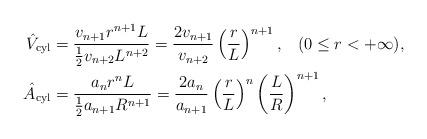
LaTeX: \begin{align*}\hat{V}_{\rm cyl}&=\frac{ v_{n+1} r^{n+1} L }{ \frac12 v_{n+2}L^{n+2} }=\frac{ 2 v_{n+1} }{ v_{n+2} } \left( \frac{r}{L} \right)^{n+1},\;\;\;(0 \leq r < +\infty),\\\hat{A}_{\rm cyl}&=\frac{ a_n r^n L }{ \frac12 a_{n+1} R^{n+1} }=\frac{ 2a_n }{ a_{n+1} }\left( \frac{r}{L} \right)^n \left( \frac{L}{R} \right)^{n+1},\end{align*}